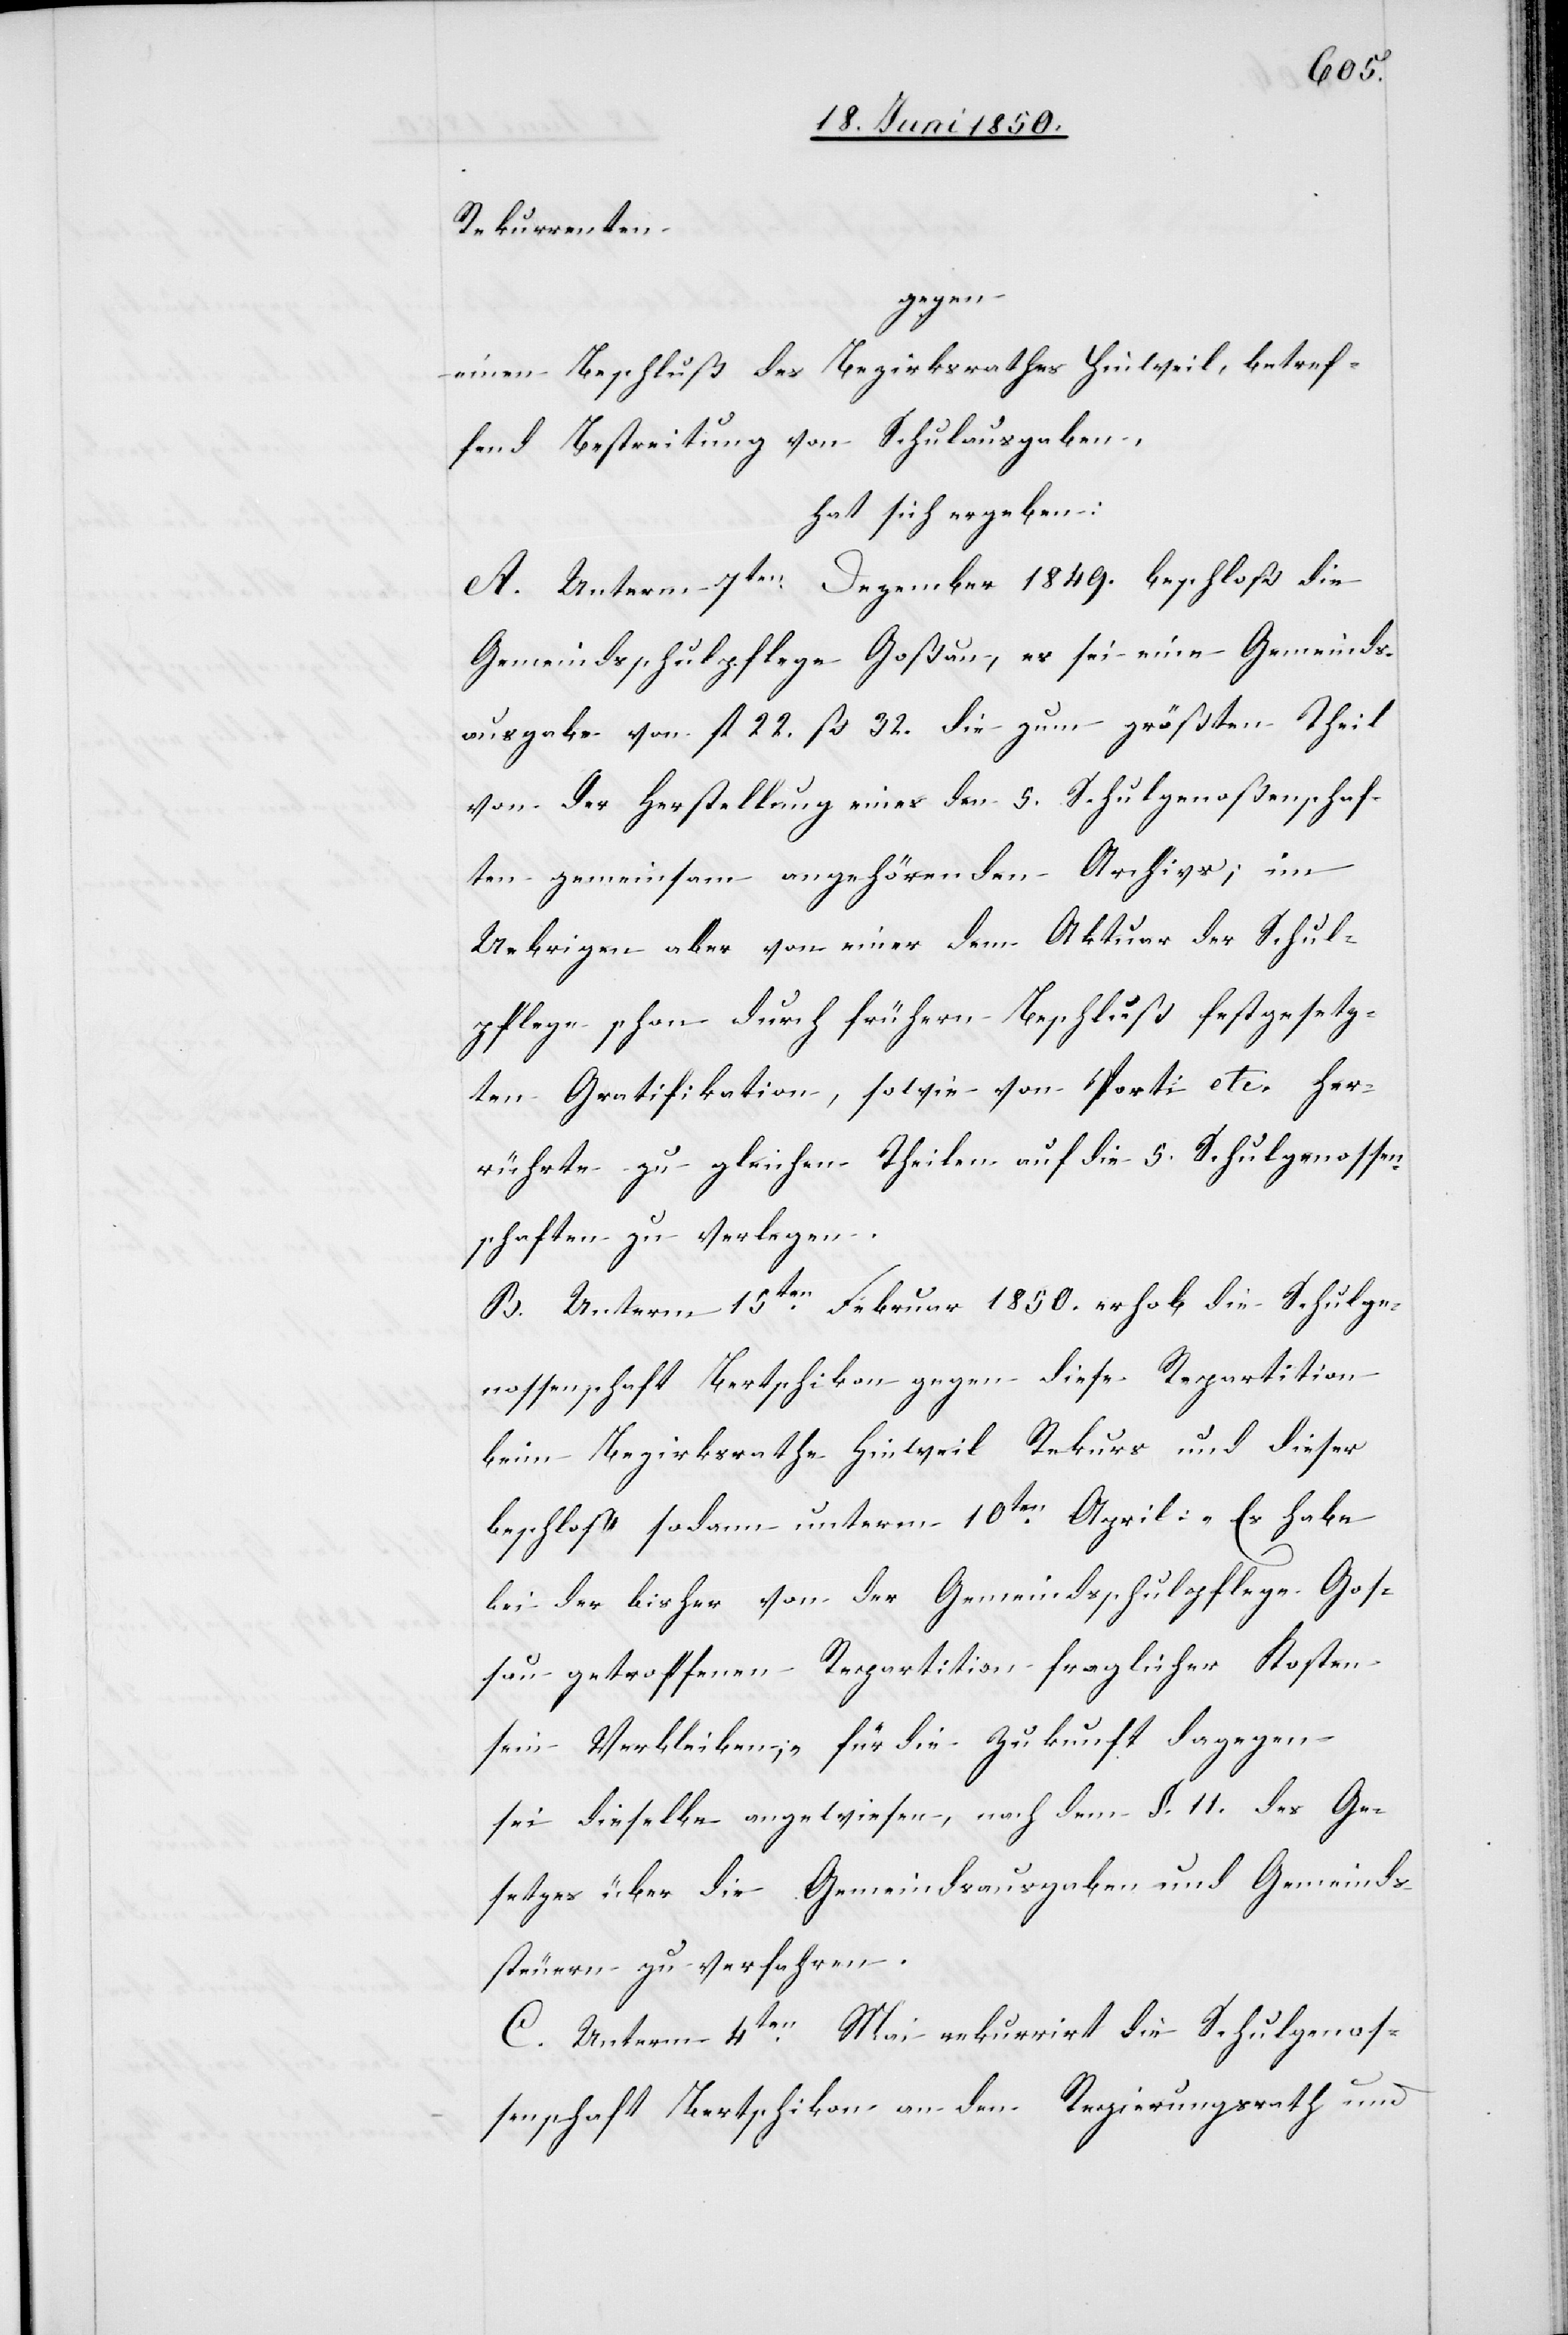
Rekurrenten
gegen
einen Beschluß des Bezirksrathes Hinweil, betref¬
fend Bestreitung von Schulausgaben,
hat sich ergeben:
A. Unterm 7ten Dezember 1849. beschloß die
Gemeindsschulpflege Goßau, es sei eine Gemeinds¬
ausgabe von fl 22. ß 32. die zum größten Theil
von der Herstellung eines den 5. Schulgenoßenschaf¬
ten gemeinsam angehörenden Archiv; im
Uebrigen aber von einer dem Aktuar der Schul¬
pflege schon durch frühern Beschluß festgesetz¬
ten Gratifikation, sowie von Porti etc. her¬
rührte zu gleichen Theilen auf die 5. Schulgenossen¬
schaften zu verlegen.
B. Unterm 15ten Februar 1850. erhob die Schulge¬
nossenschaft Bertschikon gegen diese Repartition
beim Bezirksrathe Hinweil Rekurs und dieser
beschloß sodann unterm 10ten April: „Es habe
bei der bisher von der Gemeindsschulpflege Goß¬
au getroffenen Repartition fraglicher Kosten
sein Verbleiben;“ für die Zukunft dagegen
sei dieselbe angewiesen, nach dem §. 11. des Ge¬
setzes über die Gemeindsausgaben und Gemeinds¬
steuern zu verfahren.
C. Unterm 4ten Mai rekurrirt die Schulgenos¬
senschaft Bertschikon an den Regierungsrath und